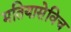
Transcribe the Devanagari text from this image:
मतियासेविच